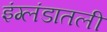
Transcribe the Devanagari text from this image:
इंग्लंडातली